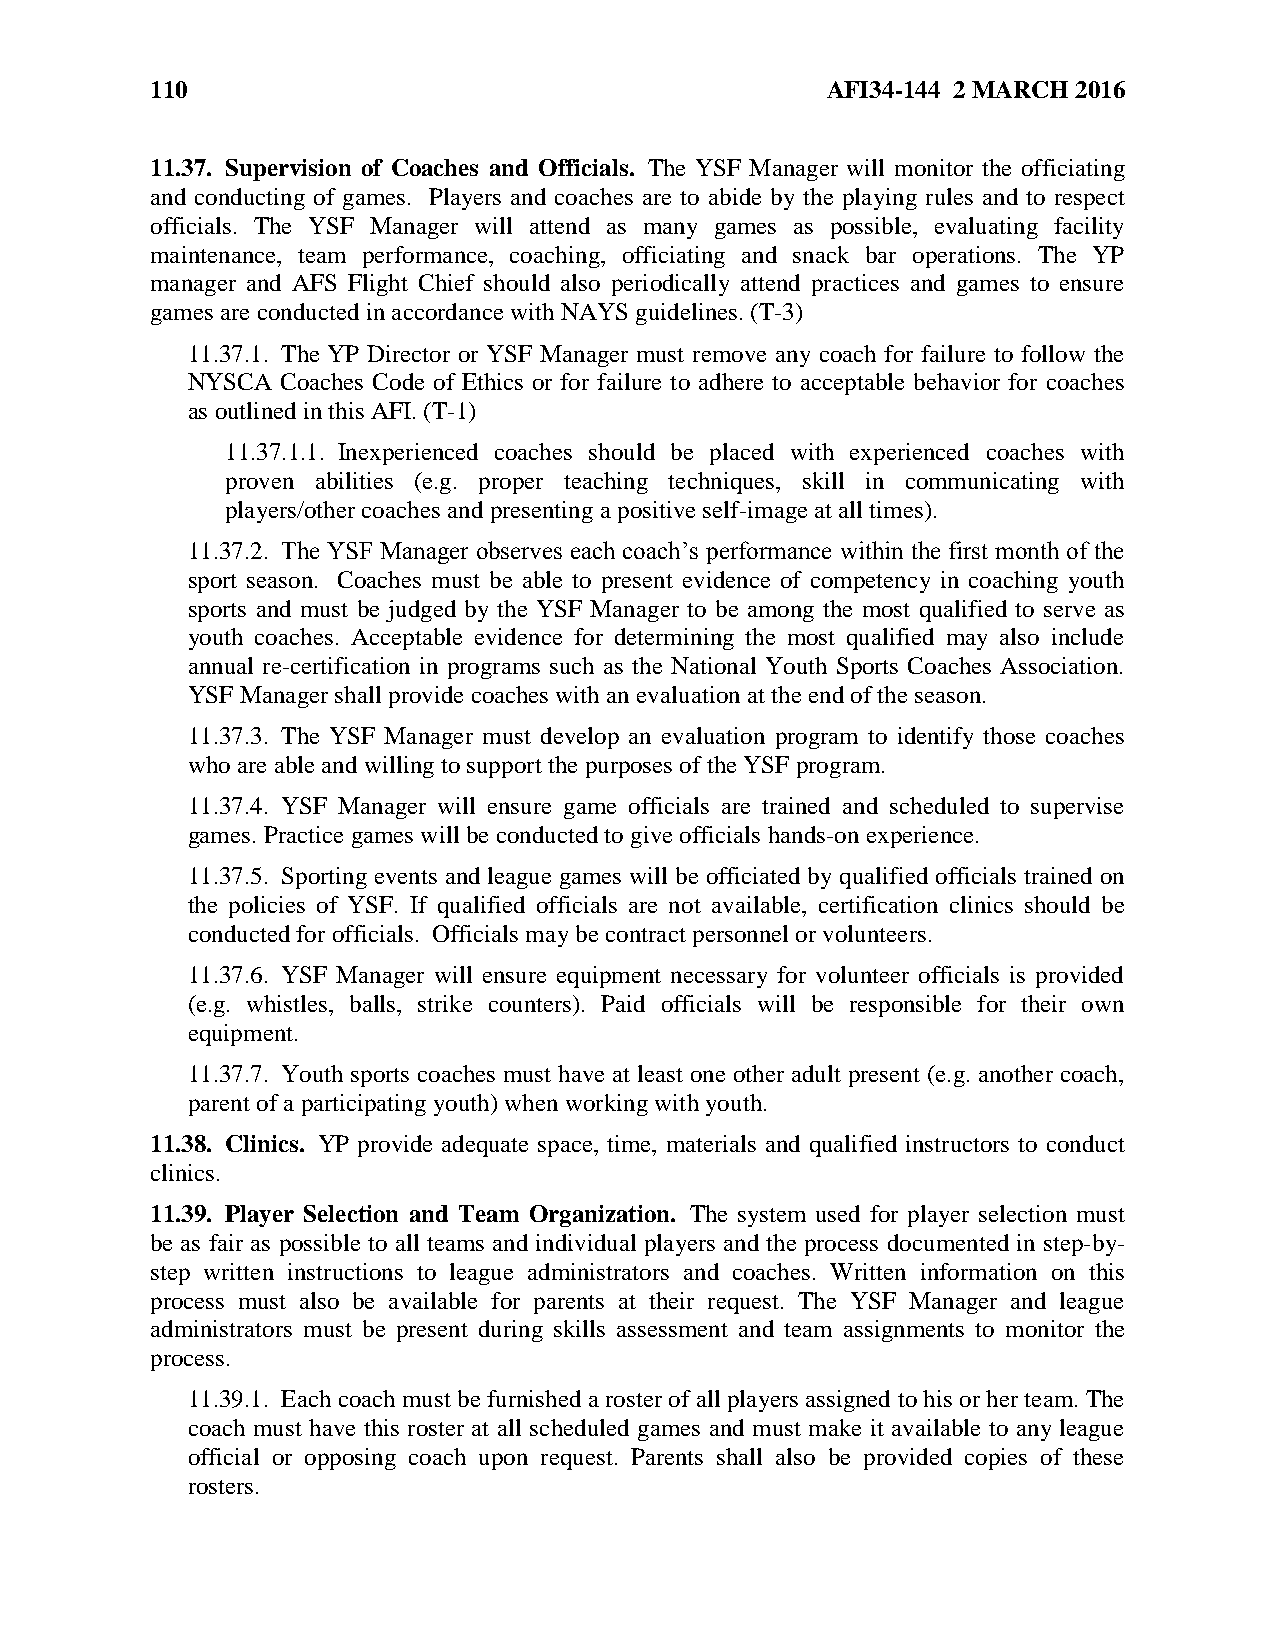
110                                          AFI34-144 2 MARCH 2016
 11.37. Supervision of Coaches and Officials. The YSF Manager will monitor the officiating
 and conducting of games. Players and coaches are to abide by the playing rules and to respect
 officials. The YSF Manager will attend as many games as possible, evaluating facility
 maintenance, team performance, coaching, officiating and snack bar operations. The YP
 manager and AFS Flight Chief should also periodically attend practices and games to ensure
 games are conducted in accordance with NAYS guidelines. (T-3)
 11.37.1. The YP Director or YSF Manager must remove any coach for failure to follow the
 NYSCA  Coaches Code of Ethics or for failure to adhere to acceptable behavior for coaches
 as outlined in this AFI. (T-1)
 11.37.1.1. Inexperienced coaches should be placed with experienced coaches with
 proven abilities (e.g. proper teaching techniques, skill in communicating with
 players/other coaches and presenting a positive self-image at all times).
 11.37.2. The YSF Manager observes each coach’s performance within the first month of the
 sport season. Coaches must be able to present evidence of competency in coaching youth
 sports and must be judged by the YSF Manager to be among the most qualified to serve as
 youth coaches. Acceptable evidence for determining the most qualified may also include
 annual re-certification in programs such as the National Youth Sports Coaches Association.
 YSF Manager shall provide coaches with an evaluation at the end of the season.
 11.37.3. The YSF Manager must develop an evaluation program to identify those coaches
 who are able and willing to support the purposes of the YSF program.
 11.37.4. YSF Manager will ensure game officials are trained and scheduled to supervise
 games. Practice games will be conducted to give officials hands-on experience.
 11.37.5. Sporting events and league games will be officiated by qualified officials trained on
 the policies of YSF. If qualified officials are not available, certification clinics should be
 conducted for officials. Officials may be contract personnel or volunteers.
 11.37.6. YSF Manager will ensure equipment necessary for volunteer officials is provided
 (e.g. whistles, balls, strike counters). Paid officials will be responsible for their own
 equipment.
 11.37.7. Youth sports coaches must have at least one other adult present (e.g. another coach,
 parent of a participating youth) when working with youth.
 11.38. Clinics. YP provide adequate space, time, materials and qualified instructors to conduct
 clinics.
 11.39. Player Selection and Team Organization. The system used for player selection must
 be as fair as possible to all teams and individual players and the process documented in step-by-
 step written instructions to league administrators and coaches. Written information on this
 process must also be available for parents at their request. The YSF Manager and league
 administrators must be present during skills assessment and team assignments to monitor the
 process.
 11.39.1. Each coach must be furnished a roster of all players assigned to his or her team. The
 coach must have this roster at all scheduled games and must make it available to any league
 official or opposing coach upon request. Parents shall also be provided copies of these
 rosters.